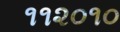
૧૧૨૦૧૦